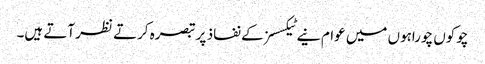
چوکوں چوراہوں میں عوام نیے ٹیکسسز کے نفاذ پر تبصرہ کرتے نظر آتے ہیں۔